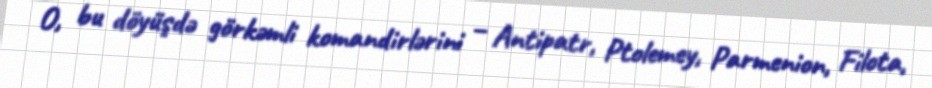
O, bu döyüşdə görkəmli komandirlərini – Antipatr, Ptolemey, Parmenion, Filota,